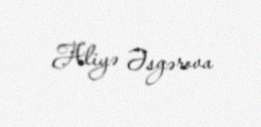
Aliyə Əsgərova